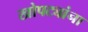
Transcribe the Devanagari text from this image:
खोपट्यांना